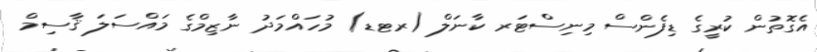
އެގޮތުން ކުރީގެ ޑިފެންސް މިނިސްޓަރ ކާނަލް (ރޓޑ) މުހައްމަދު ނާޒިމްގެ މައްސަލަ ޤާސިމް